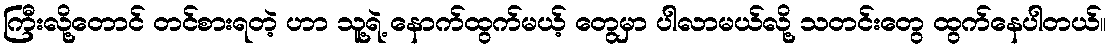
ကြီးလို့တောင် တင်စားရတဲ့ ဟာ သူ့ရဲ့ နောက်ထွက်မယ့် တွေမှာ ပါလာမယ်လို့ သတင်းတွေ ထွက်နေပါတယ်။